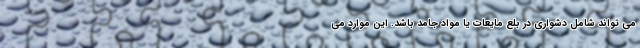
می تواند شامل دشواری در بلع مایعات یا مواد جامد باشد. این موارد می